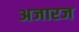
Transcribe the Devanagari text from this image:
अजारज